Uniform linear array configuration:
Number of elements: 32
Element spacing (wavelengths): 0.5
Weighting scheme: hamming
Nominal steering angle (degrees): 0
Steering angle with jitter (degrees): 1.389
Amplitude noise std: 0.05
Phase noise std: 0.05

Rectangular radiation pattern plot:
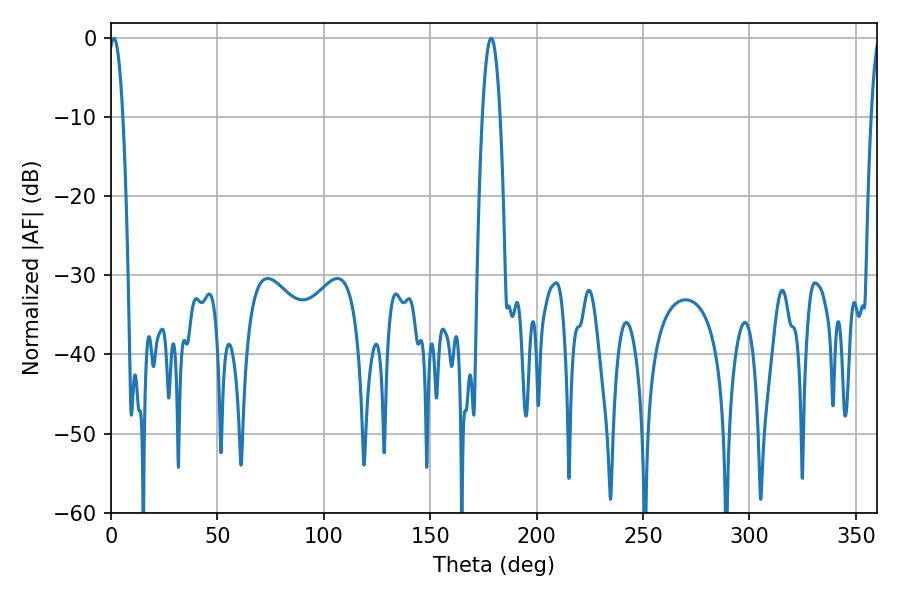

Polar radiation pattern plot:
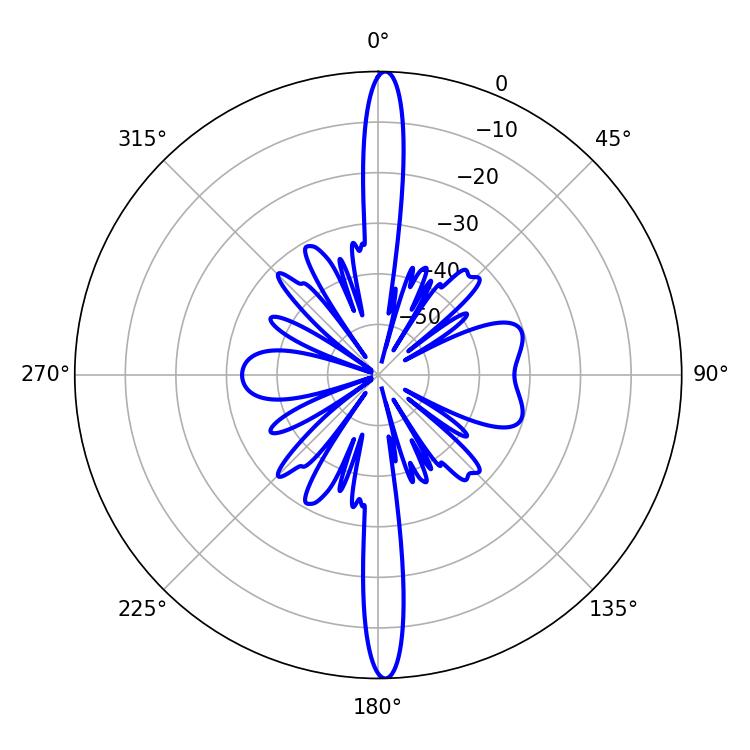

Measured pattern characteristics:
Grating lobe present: FALSE
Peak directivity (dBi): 26.527
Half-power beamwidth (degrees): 4.5
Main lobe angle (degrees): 178.56